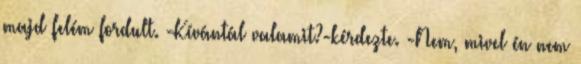
majd felém fordult. -Kívántál valamit?-kérdezte. -Nem, mivel én nem